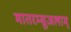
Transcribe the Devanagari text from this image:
मातरम्सुजलाम्